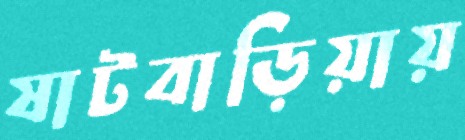
ষাটবাড়িয়ায়